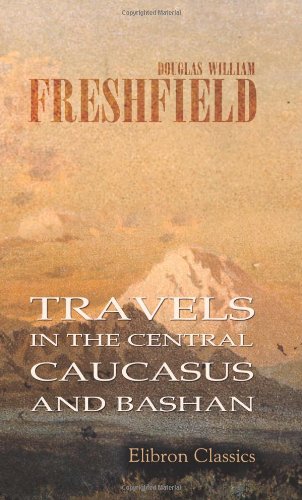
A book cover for Travels in the Central Caucasus and Bashan: Including Visits to Ararat and Tabreez and Ascents of Kazbek and Elbruz; Douglas William Freshfield; Travel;